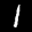
Label: 1